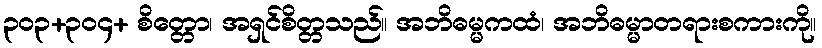
၃၀၃+၃၀၄+ စိတ္တော၊ အရှင်စိတ္တသည်။ အဘိဓမ္မကထံ၊ အဘိဓမ္မာတရားစကားကို။